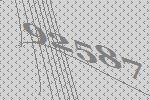
92587